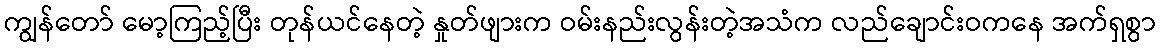
ကျွန်တော် မော့ကြည့်ပြီး တုန်ယင်နေတဲ့ နှုတ်ဖျားက ဝမ်းနည်းလွန်းတဲ့အသံက လည်ချောင်းဝကနေ အက်ရှစွာ